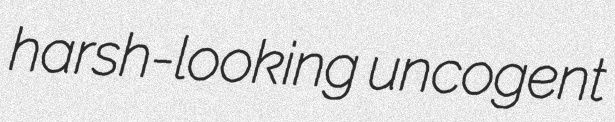
harsh-looking uncogent